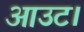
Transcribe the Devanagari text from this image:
आउट।